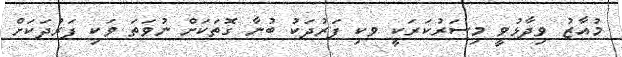
މުއާޒު ވިދާޅުވީ މިސަރުކަރަކީ ވކި ފަރުދަކު ބުނާ ގޮތަކަށް ނުވަތަ ވަކި ފަރުދަކަށް